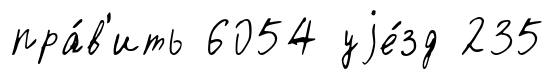
пра́в'ить 6054 уjе́зд 235